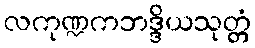
လကုဏ္ဍကဘဒ္ဒိယသုတ္တံ